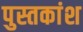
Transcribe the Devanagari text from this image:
पुस्तकांश